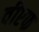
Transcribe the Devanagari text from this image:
वीएफ